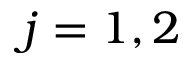
j = 1 , 2